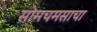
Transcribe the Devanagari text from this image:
सोमचमसाचा